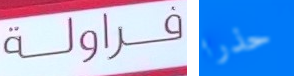
فراولة حذرا